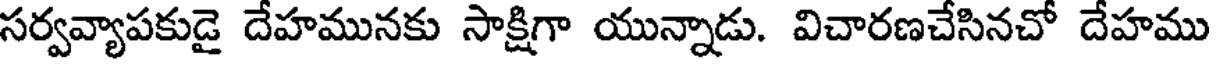
సర్వవ్యాపకుడై దేహమునకు సాక్షిగా యున్నాడు. విచారణచేసినచో దేహము